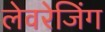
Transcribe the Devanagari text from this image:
लेवरेजिंग